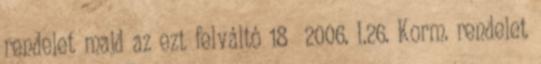
rendelet majd az ezt felváltó 18 2006. I.26. Korm. rendelet